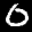
Label: 0